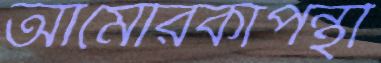
আমেরিকাপন্থী